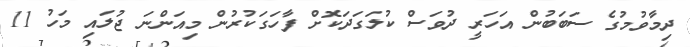
ދިމާވުމުގެ ސަބަބުން އަހަރީ ދުވަސް ކުލަގަދަކޮށް ފާހަގަކުރުން މިއަންނަ ޖުލައި މަހު 11